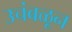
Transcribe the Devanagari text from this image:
उचंबळून